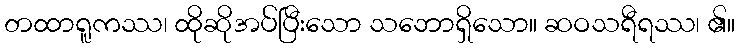
တထာရူကဿ၊ ထိုဆိုအပ်ပြီးသော သဘောရှိသော။ ဆဝသရီရဿ၊ ၏။